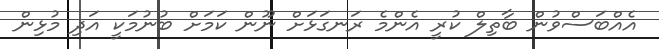
އެއްބަސްވުން ބާތިލް ކުރީ އެންމެ ރަނގަޅަށް ނޫން ކަމަށް ބުނުމަކީ އަދި މުޅިން